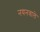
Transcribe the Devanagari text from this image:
नयनवाले